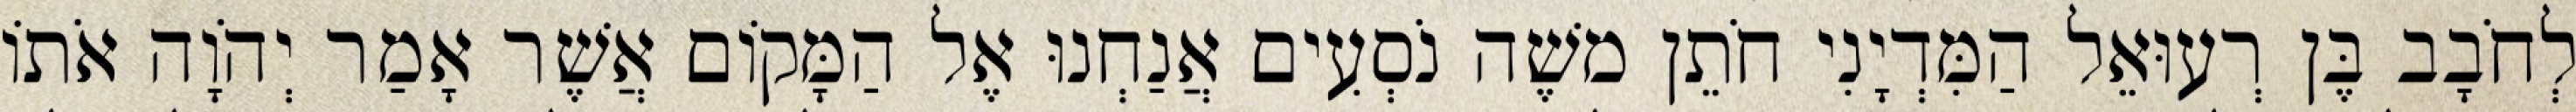
לְחֹבָב בֶּן רְעוּאֵל הַמִּדְיָנִי חֹתֵן משֶׁה נֹסְעִים אֲנַחְנוּ אֶל הַמָּקוֹם אֲשֶׁר אָמַר יְהֹוָה אֹתוֹ